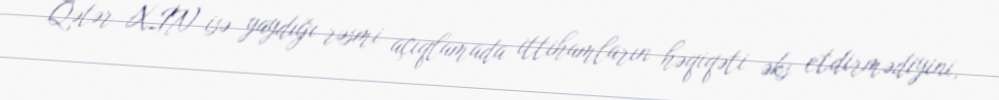
Qətər XİN isə yaydığı rəsmi açıqlamada ittihamların həqiqəti əks etdirmədiyini,